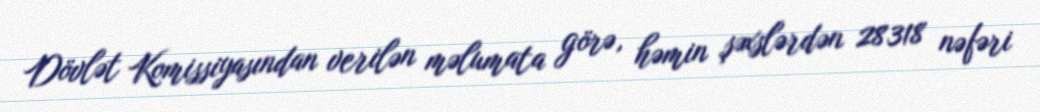
Dövlət Komissiyasından verilən məlumata görə, həmin şəxslərdən 28318 nəfəri